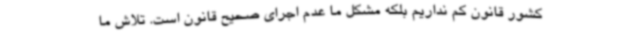
کشور قانون کم نداریم بلکه مشکل ما عدم اجرای صحیح قانون است. تلاش ما